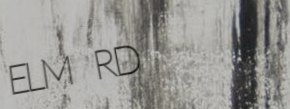
ELM RD